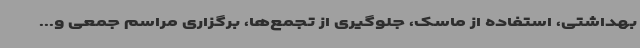
بهداشتی، استفاده از ماسک، جلوگیری از تجمع‌ها، برگزاری مراسم جمعی و...